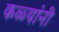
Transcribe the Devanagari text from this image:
कळ्यांनी